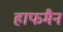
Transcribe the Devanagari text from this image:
हाफमैन